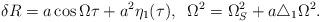
LaTeX: \begin{align*}\delta R = a\cos\Omega\tau + a^2\eta_1(\tau),\;\;\Omega^2 = \Omega^2_S+a\triangle_1\Omega^2.\end{align*}